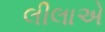
લીલાએ